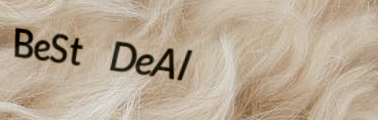
BeSt DeAl